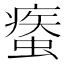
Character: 𧎿